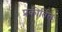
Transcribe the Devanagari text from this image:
प्रकीर्तितः